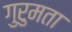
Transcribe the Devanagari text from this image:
गुरुमता